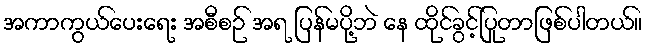
အကာကွယ်ပေးရေး အစီစဉ် အရ ပြန်မပို့ဘဲ နေ ထိုင်ခွင့်ပြုတာဖြစ်ပါတယ်။